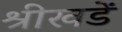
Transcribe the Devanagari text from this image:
श्रीखडें